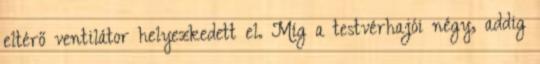
eltérő ventilátor helyezkedett el. Míg a testvérhajói négy, addig